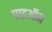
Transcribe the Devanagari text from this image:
पाइऑन